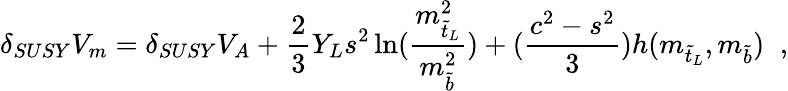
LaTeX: \delta_{SUSY}V_{m}=\delta_{SUSY}V_{A}+\frac{2}{3}Y_{L}s^{2}\ln(\frac{m_{\tilde{t}_{L}}^{2}}{m_{\tilde{b}}^{2}})+(\frac{c^{2}-s^{2}}{3})h(m_{\tilde{t}_{L}},m_{\tilde{b}})\; \; ,